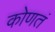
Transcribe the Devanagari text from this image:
कोणतं